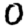
Digit: 0